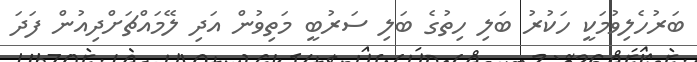
ބަރުހެލިވުމަކީ ހަކުރު ބަލި ހިތުގެ ބަލި ސަރުބީ މަތިވުން އަދި ލޭމައްޗަށްދިއުން ފަދަ